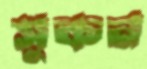
সুকন